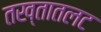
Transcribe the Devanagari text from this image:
तख्तातलट